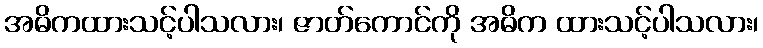
အဓိကထားသင့်ပါသလား၊ ဇာတ်ကောင်ကို အဓိက ထားသင့်ပါသလား၊